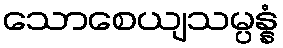
သောစေယျသမ္ပန္နံ